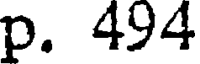
p. 494